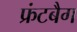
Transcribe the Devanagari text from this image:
फ्रंटबैग